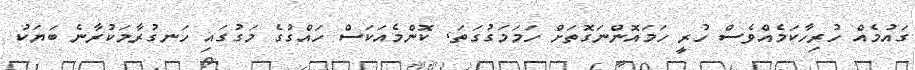
ގައުމެއް ހުރިހާކަމެެއްވެސް ހުރީ ހަމައޮންނަގޮތަށް ހަމަމަގުގަތަ